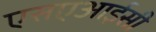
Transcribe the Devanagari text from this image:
एसएआईसी